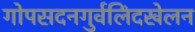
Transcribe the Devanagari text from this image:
गोपसदनगुर्वलिंदखेलन